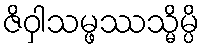
ဇိဝှါသမ္ဖဿသ္မိမ္ပိ